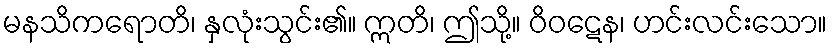
မနသိကရောတိ၊ နှလုံးသွင်း၏။ ဣတိ၊ ဤသို့။ ဝိဝဋေန၊ ဟင်းလင်းသော။